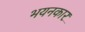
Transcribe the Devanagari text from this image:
भयनकार